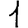
Digit: 1